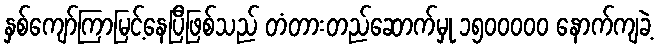
နှစ်ကျော်ကြာမြင့်နေပြီဖြစ်သည် တံတားတည်ဆောက်မှု ၁၅၀၀ဝဝဝ နောက်ကျခဲ့